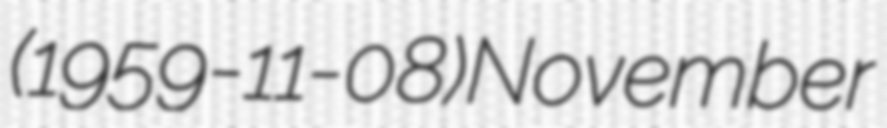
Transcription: (1959-11-08)November